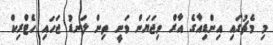
މި މެޗުގައި އިންޑިއާގެ އާރް ވިޖަޔަން ވަނީ ތިން ލަނޑު ޖަހައި ހެޓްރިކް